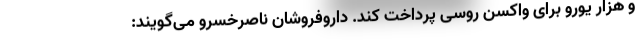
و هزار یورو برای واکسن روسی پرداخت کند. داروفروشان ناصرخسرو می‌گویند: